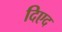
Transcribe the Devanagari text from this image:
दिएद